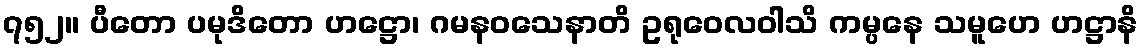
၇၅၂။ ပီတော ပမုဒိတော ဟဋ္ဌော၊ ဂမနဝသေနာတိ ဥရုဝေလဝါသိ ကမ္ပနေ သမူဟေ ဟဋ္ဌာနိ